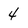
Character: 4